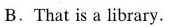
B.That is a library.